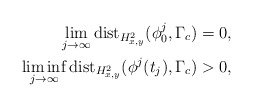
\begin{align*}\lim_{j\to\infty}\mathrm{dist}_{H_{x,y}^2}(\phi_0^j,\Gamma_c)=0,\\\liminf_{j\to\infty}\mathrm{dist}_{H_{x,y}^2}(\phi^j(t_j),\Gamma_c)>0,\end{align*}